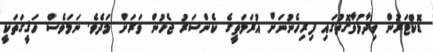
ޑޮކްޓަރުން ވިދާޅުވާގޮތުގައި ފިރިހެނުނަށް އުރަމަތީގެ ކެންސަރު ޖެހުން ވަރަށް މަދެވެ. ނަމަވެސް ހަޤީގަތަކީ